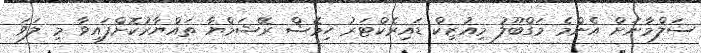
ސަލްމާނަށް އެންމެ މަގްބޫލު މިއުޒިކް ޑައިރެކްޓަރު ހިމޭޝް ރޭޝަމްޔާ ތައްޔާރުކޮށްފައިވާ މި ލަވަ